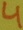
Text: 4